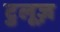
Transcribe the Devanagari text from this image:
टुलूज़